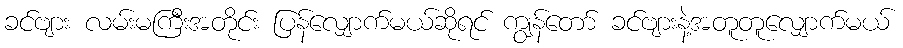
ခင်ဗျား လမ်းမကြီးအတိုင်း ပြန်လျှောက်မယ်ဆိုရင် ကျွန်တော် ခင်ဗျားနဲ့အတူတူလျှောက်မယ်